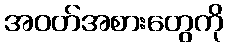
အဝတ်အစားတွေကို